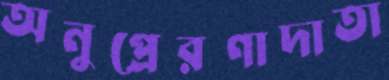
অনুপ্রেরণাদাতা